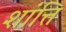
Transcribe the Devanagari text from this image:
शांत्ति